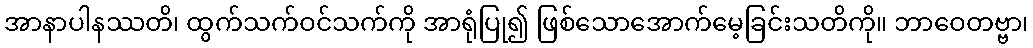
အာနာပါနဿတိ၊ ထွက်သက်ဝင်သက်ကို အာရုံပြု၍ ဖြစ်သောအောက်မေ့ခြင်းသတိကို။ ဘာဝေတဗ္ဗာ၊